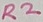
Text: R2